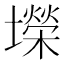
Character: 𫮴